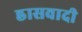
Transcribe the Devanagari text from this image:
ह्रासवादी